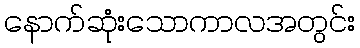
နောက်ဆုံးသောကာလအတွင်း